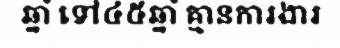
ឆ្នាំ ទៅ៤៥ឆ្នាំ គ្មានការងារ